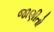
જાણીતો